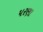
પરણા